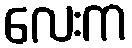
လေးက